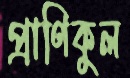
প্রাণিকুল